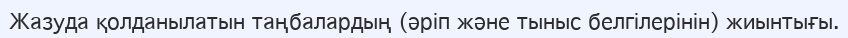
Жазуда қолданылатын таңбалардың (әріп және тыныс белгілерінін) жиынтығы.